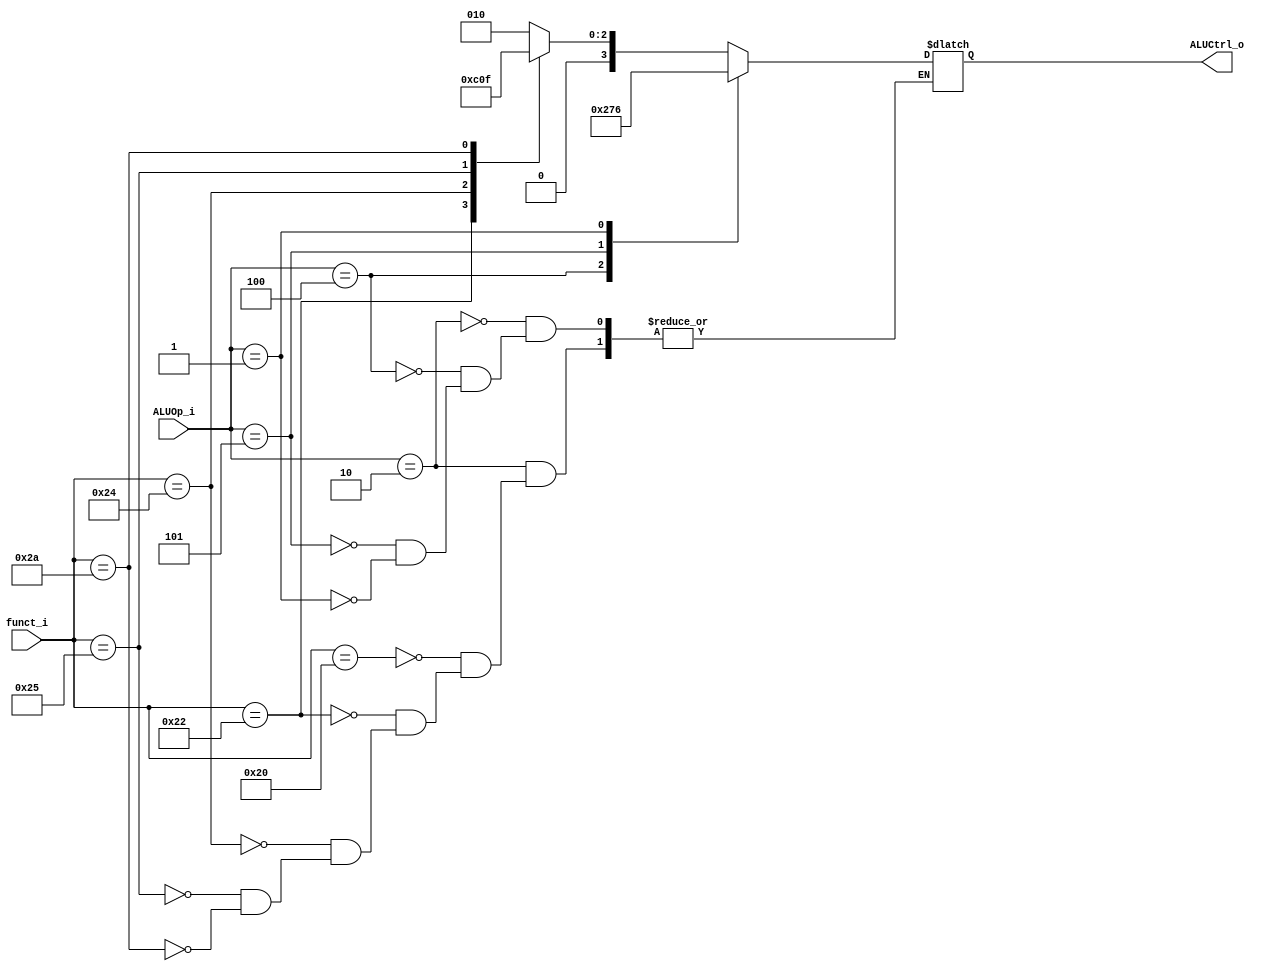
//Subject:     CO project 2 - ALU Controller
//--------------------------------------------------------------------------------
//Version:     1
//--------------------------------------------------------------------------------
//Writer:        0511105
//----------------------------------------------
//Date:        
//----------------------------------------------
//Description: 
//--------------------------------------------------------------------------------

module ALU_Ctrl(
          funct_i,
          ALUOp_i,
          ALUCtrl_o
          );
          
//I/O ports 
input      [6-1:0] funct_i;
input      [3-1:0] ALUOp_i;

output     [4-1:0] ALUCtrl_o;    
     
//Internal Signals
reg        [4-1:0] ALUCtrl_o;

//Parameter

       
//Select exact operation
always@(funct_i, ALUOp_i)begin
    case(ALUOp_i)
        3'b010: begin // r type
            case(funct_i)
                    6'b100000:  ALUCtrl_o <= 4'b0010; //add 2
                    6'b100010:  ALUCtrl_o <= 4'b0110; // sub 6
                    6'b100100:  ALUCtrl_o <= 4'b0000; //and 
                    6'b100101:  ALUCtrl_o <= 4'b0001; // or
                    6'b101010:  ALUCtrl_o <= 4'b0111; // slt
             endcase       
        end
        3'b100: ALUCtrl_o <= 4'b0010; // addi
        3'b101: ALUCtrl_o <= 4'b0111; // slti
        3'b001: ALUCtrl_o <= 4'b0110; // beq
    endcase       
    $display("alu ctrl %d", ALUCtrl_o);
end
endmodule